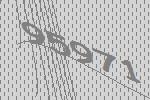
95971